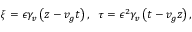
\xi = \epsilon \gamma _ { v } \left( z - v _ { g } t \right) , ~ ~ \tau = \epsilon ^ { 2 } \gamma _ { v } \left( t - v _ { g } z \right) ,